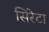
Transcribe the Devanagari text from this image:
सिरेटा